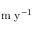
\mathrm { m \ y ^ { - 1 } }